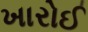
ખારોઈ